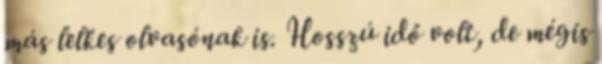
más lelkes olvasónak is. Hosszú idő volt, de mégis